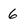
Character: 6